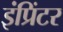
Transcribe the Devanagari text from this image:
इंप्रिंटर